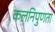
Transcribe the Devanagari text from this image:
कलनिपुणता